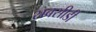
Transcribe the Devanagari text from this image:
सबसीडी